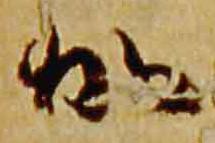
加